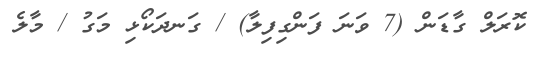
ކޮރަލް ގާޑަން (7 ވަނަ ފަންގިފިލާ) / ގަނދަކޯޅި މަގު / މާލެ